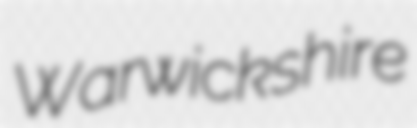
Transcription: Warwickshire